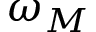
\omega _ { M }